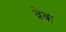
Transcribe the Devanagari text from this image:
व़ेक